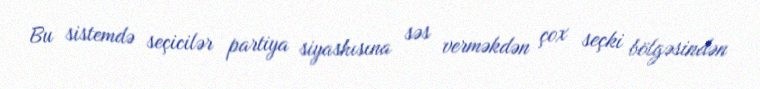
Bu sistemdə seçicilər partiya siyashısına səs verməkdən çox seçki bölgəsindən